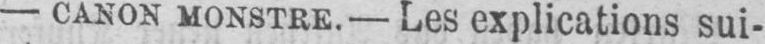
- CANON MONSTRE. - Les explications sui-